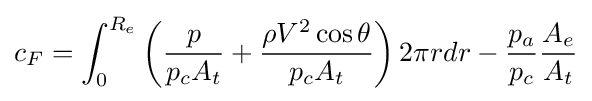
{c_{F}}=\int _{0}^{R_{e}}\left({\frac {p}{p_{c}A_{t}}}+{\frac {\rho V^{2}\cos {\theta }}{p_{c}{A_{t}}}}\right)2\pi rdr-{\frac {p_{a}}{p_{c}}}{\frac {A_{e}}{A_{t}}}